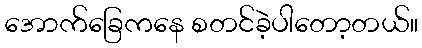
အောက်ခြေကနေ စတင်ခဲ့ပါတော့တယ်။